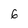
Character: 6